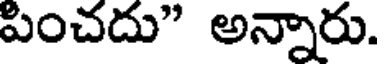
పించదు" అన్నారు.